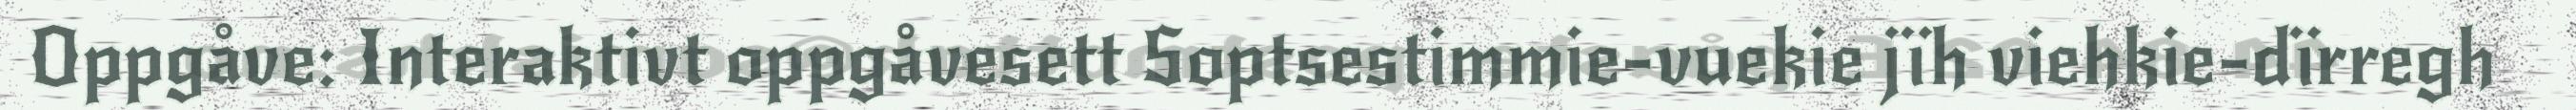
Oppgåve: Interaktivt oppgåvesett Soptsestimmie-vuekie jïh viehkie-dïrregh